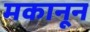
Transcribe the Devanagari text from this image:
मकानून